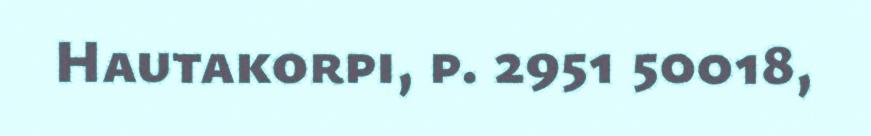
Hautakorpi, p. 2951 50018,